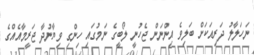
ނަހަލާލު ދަރިއަކަށް ބަލިވެ އިންނަން ޖެހުނީ ލޯބީގެ ނަމުގައި ހިންގި ވިޔާނުދާ ޖަރީމާއެއްގެ